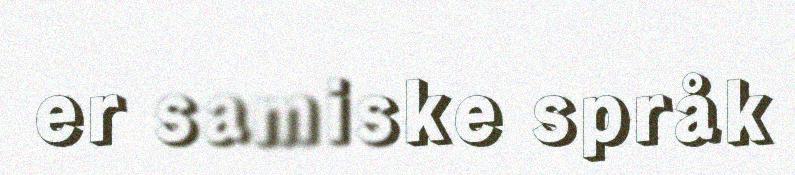
er samiske språk